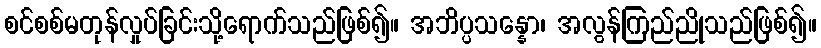
စင်စစ်မတုန်လှုပ်ခြင်းသို့ရောက်သည်ဖြစ်၍။ အဘိပ္ပသန္နော၊ အလွန်ကြည်ညိုသည်ဖြစ်၍။